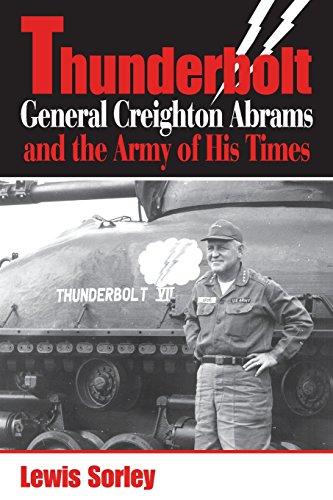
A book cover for Thunderbolt: General Creighton Abrams and the Army of His Times; Lewis Sorley; History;